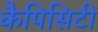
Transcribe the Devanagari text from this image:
कैपिसिटी